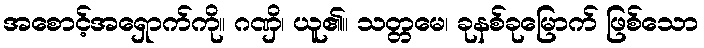
အစောင့်အရှောက်ကို။ ဂဏှိ၊ ယူ၏။ သတ္တမေ၊ ခုနစ်ခုမြောက် ဖြစ်သော